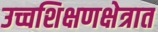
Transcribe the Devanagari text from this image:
उच्चशिक्षणक्षेत्रात